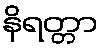
နိရတ္တာ